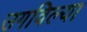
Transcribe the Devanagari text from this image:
उगविल्या